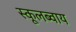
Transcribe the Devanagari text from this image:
स्कूलब्वाय